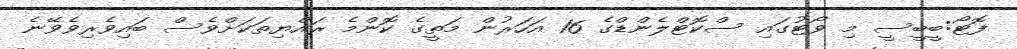
ފޮޓޯ:ބީބީސީ މި ވޯޓުގައި ސްކޮޓްލެންޑްގެ 16 އަހަރުން މަތީގެ ކޮންމެ ރައްޔިތަކަށްވެސް ބައިވެރިވެވޭނެ